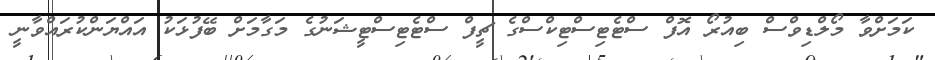
ކަމަށްވާ މޯލްޑިވްސް ބިއުރޯ އޮފް ސްޓެޓިސްޓިކްސްގެ ޗީފް ސްޓެޓިސްޓީޝަނުގެ މަގާމަށް ބޭފުޅަކު އައްޔަންކުރައްވާނީ